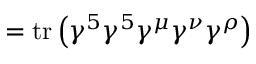
= \operatorname { t r } \left( \gamma ^ { 5 } \gamma ^ { 5 } \gamma ^ { \mu } \gamma ^ { \nu } \gamma ^ { \rho } \right)